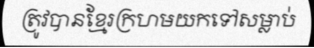
ត្រូវបានខ្មែរក្រហមយកទៅសម្លាប់